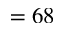
= 6 8